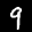
Label: 9